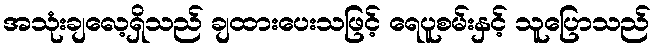
အသုံးချလေ့ရှိသည် ချထားပေးသဖြင့် ရေပူစမ်းနှင့် သူပြောသည်